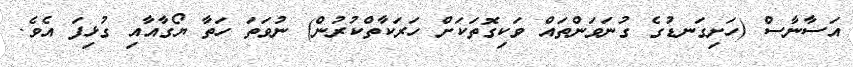
އަސާނާސް (ހަށިގަނޑުގެ ގުނަވަންތައް ވަކިގޮތަކަށް ހަރަކާތްކުރުން) ނުވަތަ ހަތާ ޔޯގާއާއި ގުޅިފަ އެވެ.